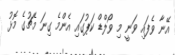
އޭނާ ވެފައި ވަނީ މި ވޯލްޑް ކަޕުގައި އެންމެ ގިނަ މެޗުގެ މޮޅު